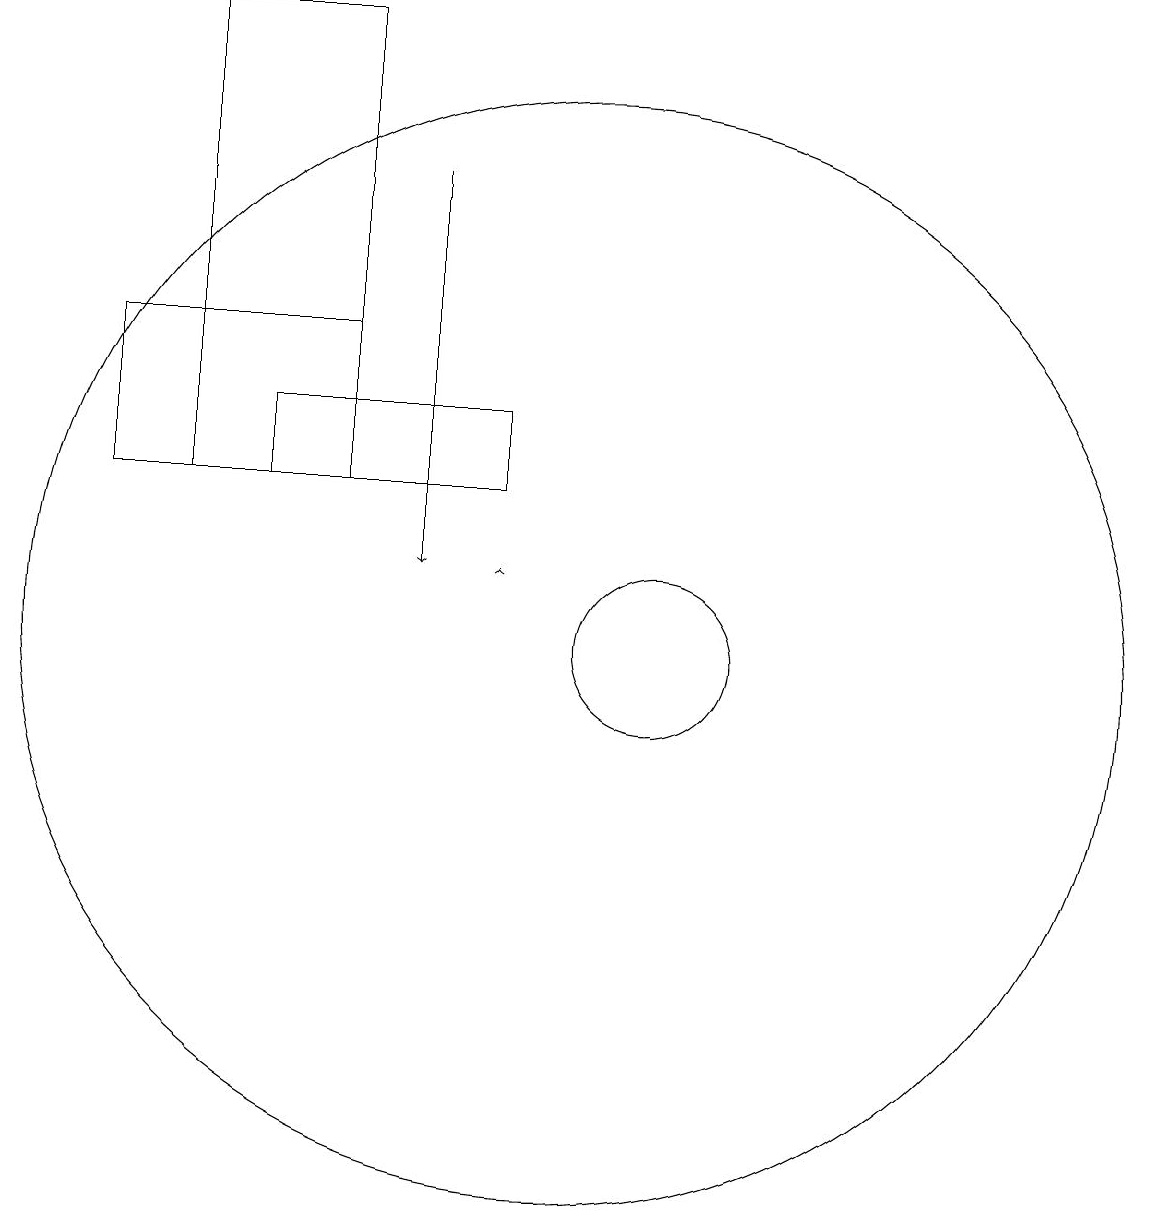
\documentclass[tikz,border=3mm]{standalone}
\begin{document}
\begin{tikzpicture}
\draw (10,11) circle (7);
\draw (5,19) rectangle (7,13);
\draw[->] (8,17) -- (8,12);
\draw (6,14) rectangle (9,13);
\draw (7,15) rectangle (4,13);
\draw (11,11) circle (1);
\draw[->] (9,12) -- (9,12);
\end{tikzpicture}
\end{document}